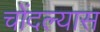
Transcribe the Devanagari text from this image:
चोंदल्यास